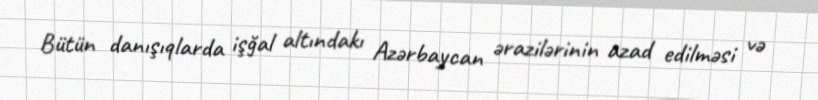
Bütün danışıqlarda işğal altındakı Azərbaycan ərazilərinin azad edilməsi və